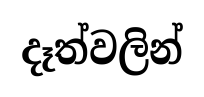
දෑත්වලින්